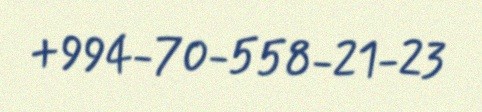
+994-70-558-21-23